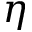
\eta